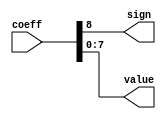
module decodeCoeff(
    input [8:0] coeff,
    output sign,
    output [7:0] value
    );

	always @ (*) begin
	
		sign = coeff[8];
		value = coeff[7:0];
	
	end

endmodule